Lunatic asylums in Bengal annual reports 1912-1924 - 1912-1924
Year: 1912
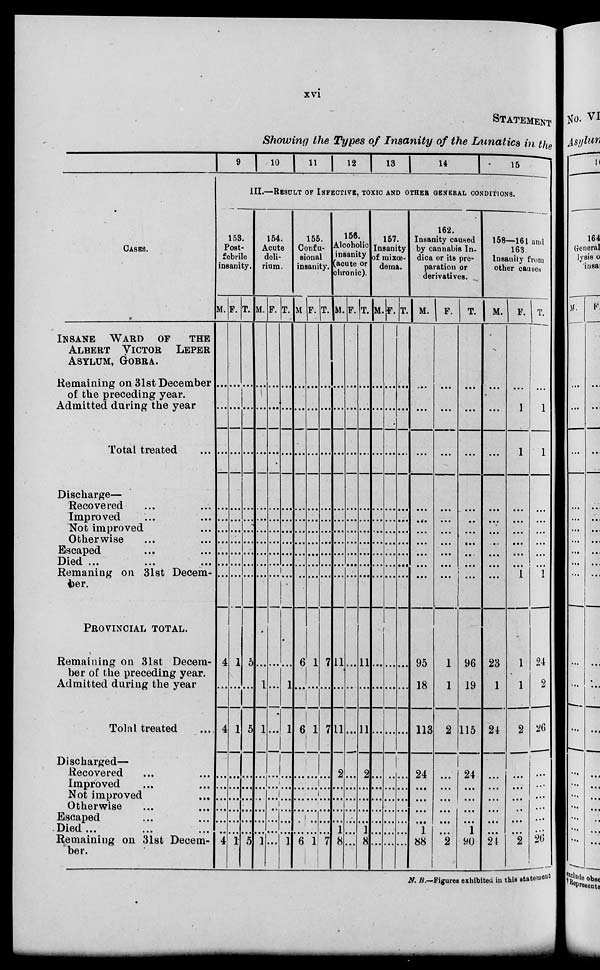
xvi
STATEMENT
Showing the Types of Insanity of the Lunatics in the
CASES.
INSANE WARD OF THE
ALBERT VICTOR LEPER
ASYLUM, GOBRA.
Remaining on 31st December
of the preceding year.
Admitted during the year
Total treated ...
Discharge—
Recovered ... ...
Improved ... ...
Not improved ... ...
Otherwise ... ...
Escaped ... ...
Died ...
Remaining on 31st Decem-
ber.
PROVINCIAL TOTAL.
Remaining on 31st Decem-
ber of the preceding year.
Admitted during the year
Total treated
Discharged—
Recovered ... ...
Improved ... ...
Not improved ...
Otherwise ... ...
Escaped ... ...
Died ...
Remaining on 31st Decem-
ber.
9
10 11 12
13 14
15
III.—RESULT OF INFECTIVE, TOXIC AND OTHER CENTRAL CONDITIONS.
153.
Post-
febrile
insanity.
M.
…
…
…
…
…
…
…
…
…
…
4
…
4
…
…
…
…
…
…
4
F.
…
…
…
…
…
…
…
…
…
…
1
…
1
…
…
…
…
…
…
1
T.
…
…
…
…
…
…
…
…
…
…
5
…
5
…
…
…
…
…
…
5
154.
Acute
deli-
rium.
M.
…
…
…
…
…
…
…
…
…
…
…
1
1
…
…
…
…
…
…
1
F.
…
…
…
…
…
…
…
…
…
…
…
...
...
…
…
…
…
…
…
...
T.
…
…
…
…
…
…
…
…
…
…
…
1
1
…
…
…
…
…
…
1
155.
Confu¬
sional
insanity.
M.
…
…
…
…
…
…
…
…
…
…
6
…
6
…
…
…
…
…
…
6
F.
…
…
…
…
…
…
…
…
…
…
1
…
1
…
…
…
…
…
…
1
T.
…
…
…
…
…
…
…
…
…
…
7
…
7
…
…
…
…
…
…
7
156.
Alcoholic
insanity
(acute or
chronic).
M.
…
…
…
…
…
…
…
…
…
…
11
…
11
2
…
…
…
…
1
8
F.
…
…
…
…
…
…
…
…
…
…
...
…
...
...
…
…
…
…
...
...
T.
…
…
…
…
…
…
…
…
…
…
11
…
11
2
…
…
…
…
1
8
167.
Infinity
of mixœ¬
deina.
M.
…
…
…
…
…
…
…
…
…
…
…
…
…
...
…
…
…
…
…
…
F.
…
…
…
…
…
…
…
…
…
…
…
…
…
…
…
…
…
…
…
…
T.
…
…
…
…
…
…
…
…
…
…
…
…
…
...
…
…
…
…
…
…
162.
Insanity caused
by cannabis In¬
dica or its pre¬
paration or
derivatives.
M.
…
…
…
…
…
…
…
…
…
…
95
18
113
24
…
…
…
…
1
88
F.
...
...
…
...
...
...
...
...
...
...
1
1
2
...
…
...
…
...
...
2
T.
...
...
…
…
…
...
...
…
...
...
96
19
115
24
...
...
...
...
1
90
158—161 and
163
Insanity from
other causes.
M.
...
...
...
...
...
...
...
...
...
...
23
1
24
...
...
...
...
...
...
24
F.
...
1
1
...
...
...
...
...
...
1
1
1
2
...
...
…
…
...
...
2
T.
...
1
1
…
...
...
...
...
...
1
24
2
26
...
…
…
...
...
…
26
N. B.—Figure exhibited in this statement